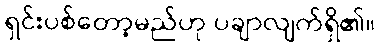
ရှင်းပစ်တော့မည်ဟု ပချာလျက်ရှိ၏။